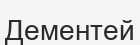
Дементей